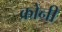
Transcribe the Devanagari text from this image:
क्रोनी